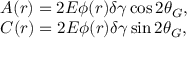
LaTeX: \begin{array} { l } { { A ( r ) = 2 E \phi ( r ) \delta \gamma \cos 2 \theta _ { G } , } } \\ { { C ( r ) = 2 E \phi ( r ) \delta \gamma \sin 2 \theta _ { G } , } } \end{array}